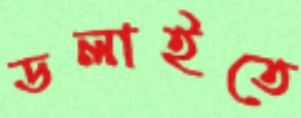
ডলাইতে